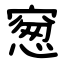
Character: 䆫